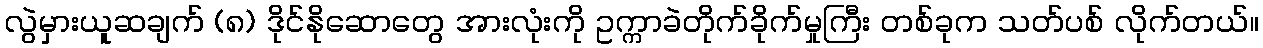
လွဲမှားယူဆချက် (၈) ဒိုင်နိုဆောတွေ အားလုံးကို ဥက္ကာခဲတိုက်ခိုက်မှုကြီး တစ်ခုက သတ်ပစ် လိုက်တယ်။